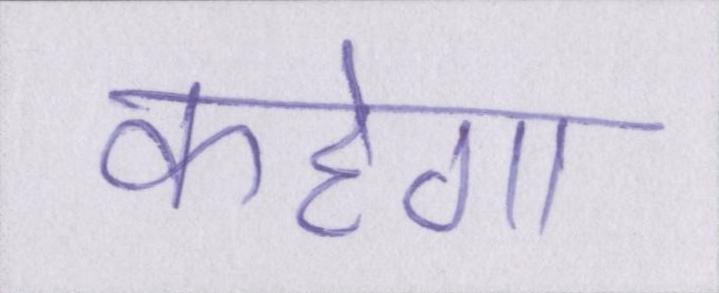
कहेगा